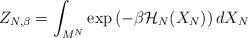
LaTeX: \begin{align*} Z_{N, \beta} = \int_{M^{N}} \exp\left( - \beta \mathcal{H}_{N}(X_{N}) \right) d X_{N}\end{align*}